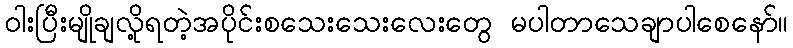
ဝါးပြီးမျိုချလို့ရတဲ့အပိုင်းစသေးသေးလေးတွေ မပါတာသေချာပါစေနော်။